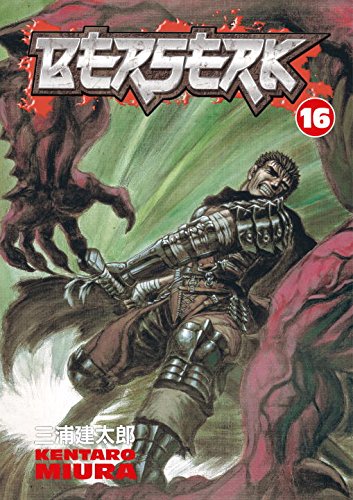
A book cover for Berserk, Vol. 16; Kentaro Miura; Comics & Graphic Novels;